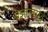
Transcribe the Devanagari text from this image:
बजालगेट्टे